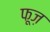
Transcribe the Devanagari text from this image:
फूज़